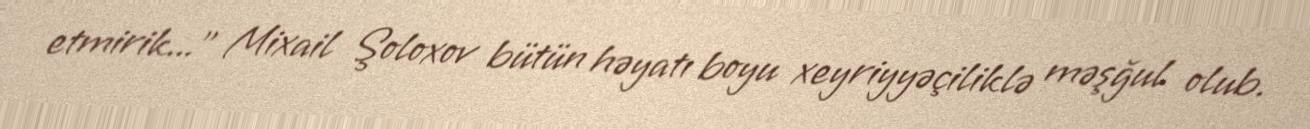
etmirik...” Mixail Şoloxov bütün həyatı boyu xeyriyyəçiliklə məşğul olub.